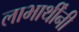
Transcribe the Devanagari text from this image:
लाभार्थींनी